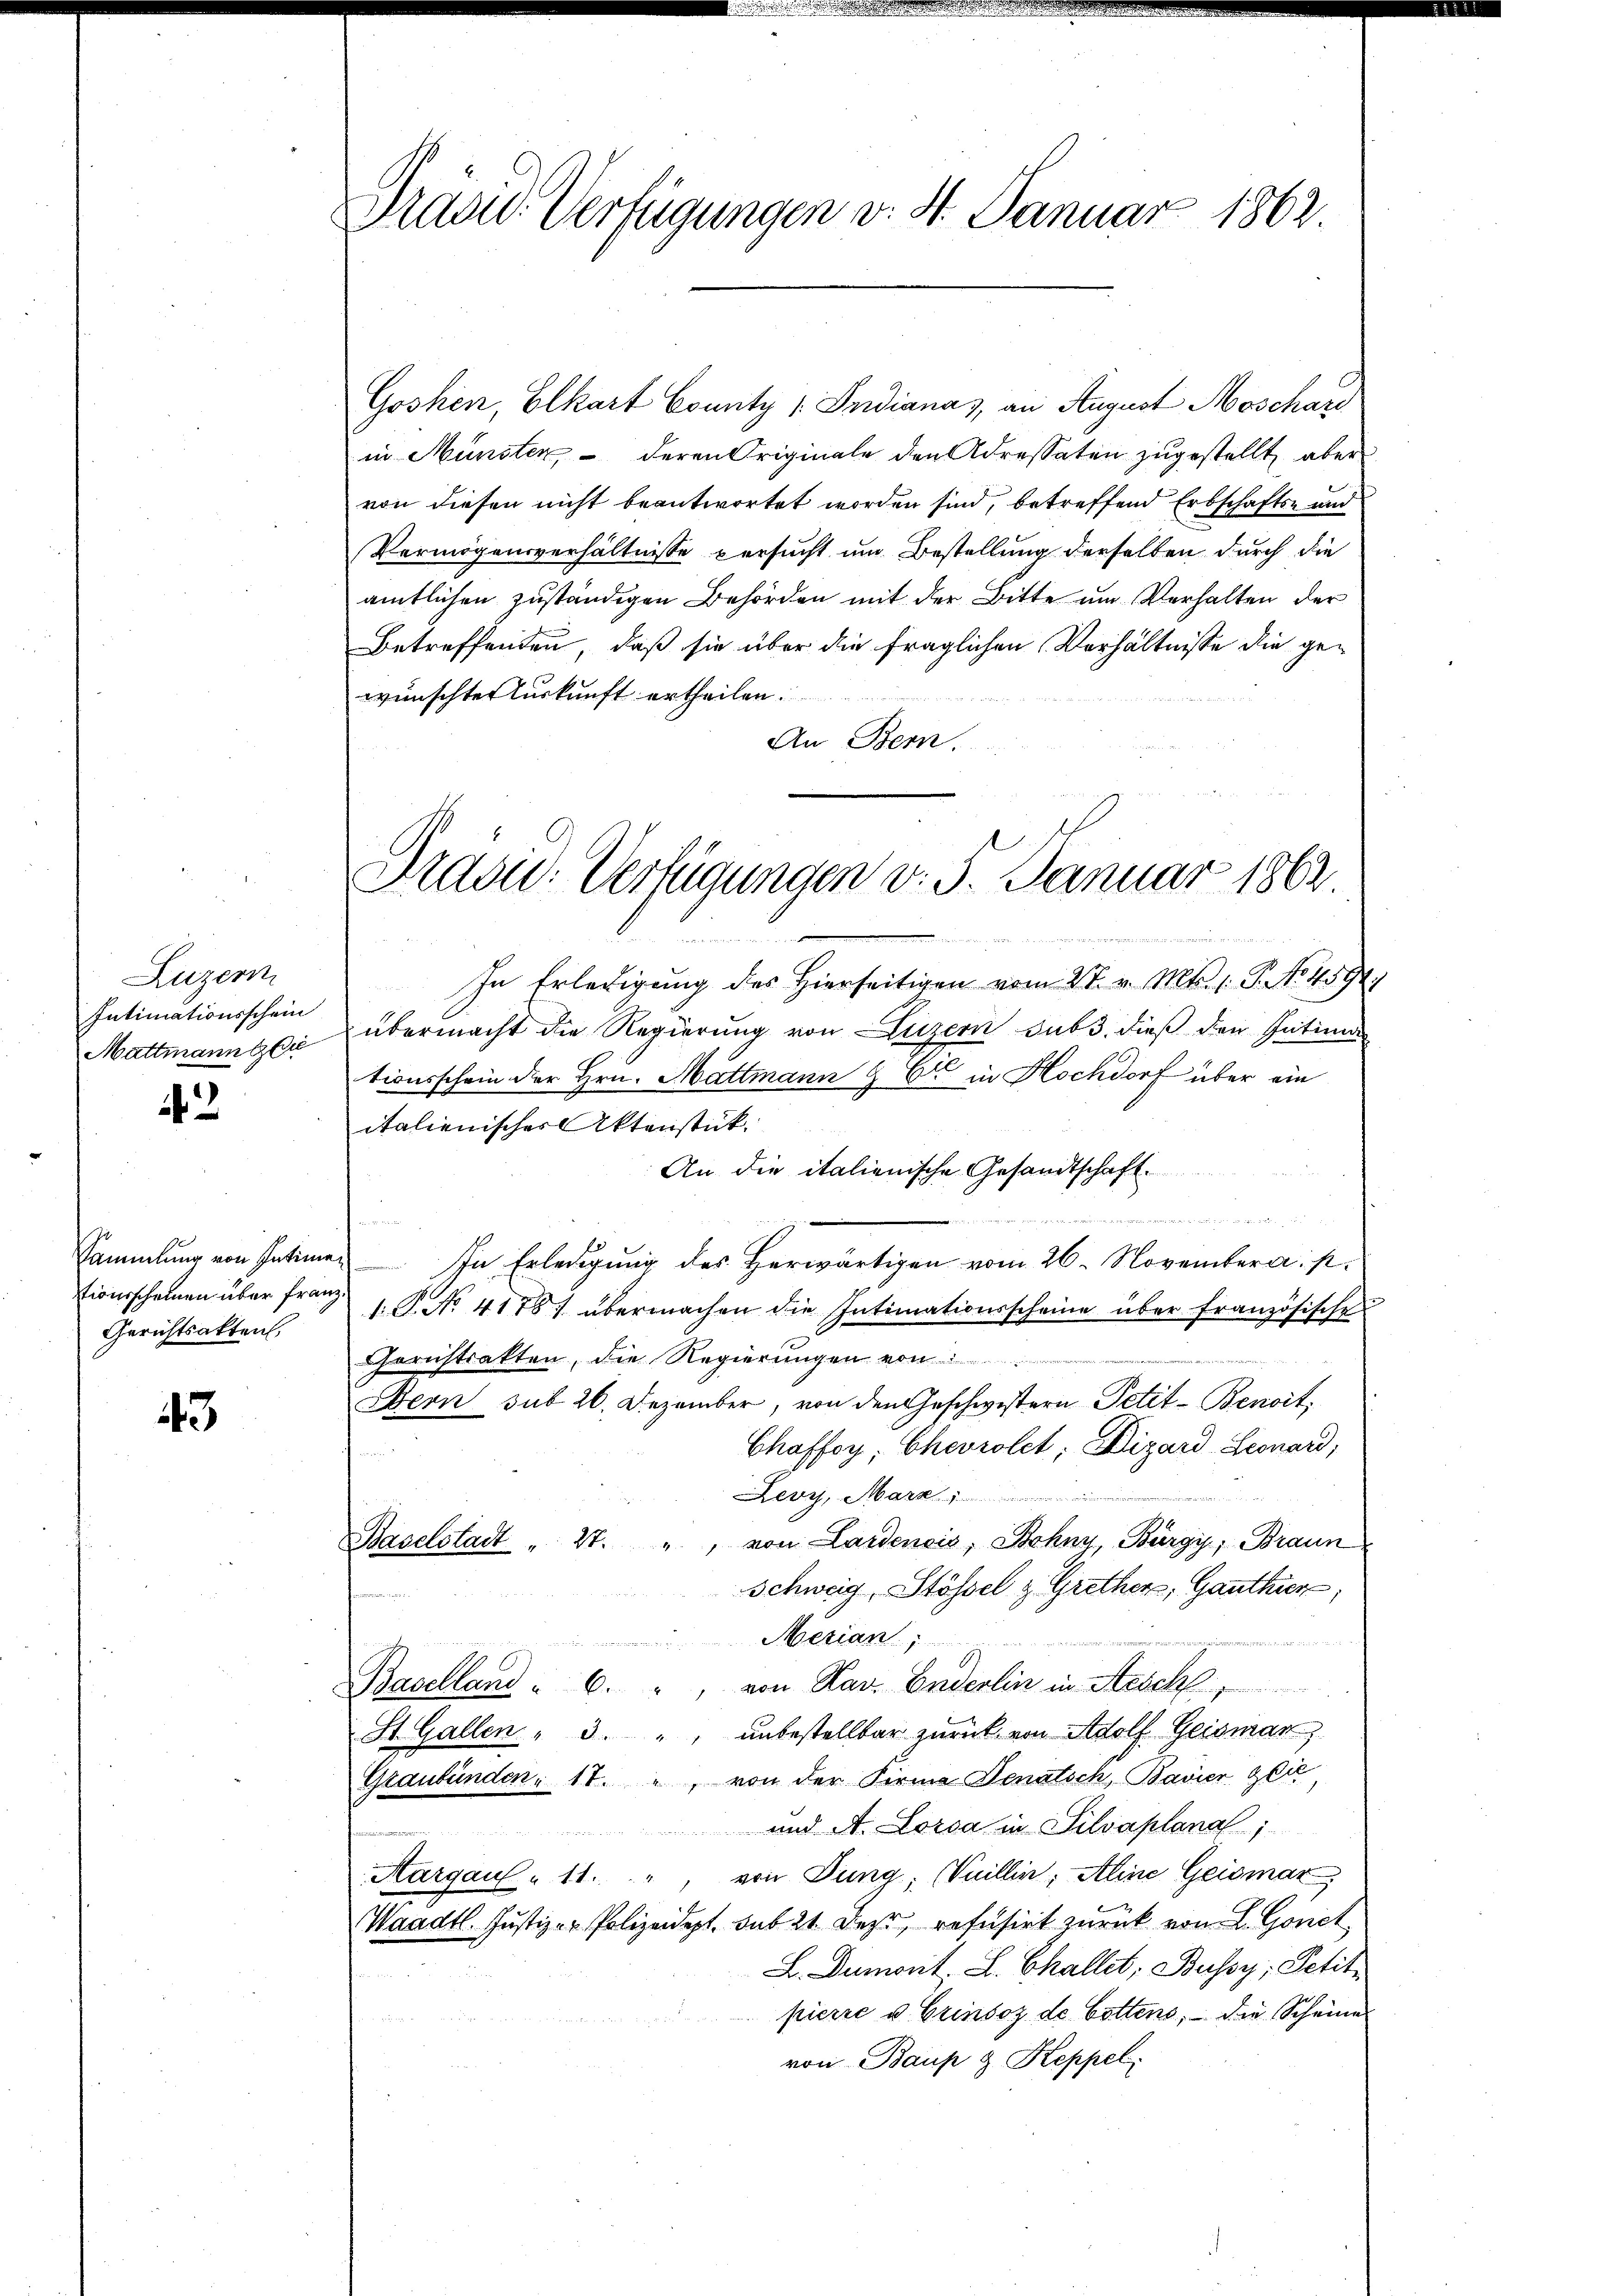
Luzern
Intimationsschein
Mattmann & Ci

1

tionsscheinen über franz¬
Gerichtsakten,

43

Präsid. Verfügungen v. St. Januar 1862

Goshen, Elkart County / Indiana), an August Moschard
in Münster, - deren Originale den Adressaten zugestellt, aber
von diesen nicht beantwortet worden sind, betreffend Erbschafts- und
Vermögensverhältnisse versucht um Bestellung derselben durch die
amtlichen zuständigen Behörden mit der Bitte um Verhalten der
Betreffenden, daß sie über die fraglichen Verhältnisse die gewünschter Auskunft ertheilen.
An Bern.
In Erledigung des Hierseitigen vom 27. v. Mts. 1. P. No. 4591.
übermacht die Regierung von Luzern sub 3. dieß den Intima
tionsschein der Hrn. Mattmann 9 C in Hochdorf über ein
italienischer Aktenstück.
An die italienische Gesandtschaft

u
Sammlung von Intime. In Erledigung des Herwärtigen vom 26. November a. s.
1.P. No. 4178) übermachen die Intimationsscheine über französische
Gerichtsakten, die Regierungen von
Bern sub 26. Dezember, von den Geschwistern Petit- Benoit,
Chaffoy, Chevrolet; Dizard Leonard,

Levy, Mark
Baselstadt " 27. " von Lardeneis, Bohny, Bürgi, Braun
Schweig, Stössel & Grether, Ganthier,
Merian,
e
Baselland. 6. " von Kav. Enderlin in Aesch
St. Gallen " 3. " " unbestellbar zurück von Adolf Geismar,
Graubünden 17. " von der Firma Senatsch, Bavier glie
 und A. Lorsa in Silvaplana 1
Aargau " 11. " von Jung; Vuillin, Aline Geismar
Waadt. Justiz- & Polizeidept, sub 21 Der refusirt zurück von L. Gonct
L. Dumont. L. Challet, Bussy, Petit
pierre u. Grinsoz de Gottens, – die Scheine
von Baup & Keppel.

Prasic: Verfügungen v. 5. Januar 1862